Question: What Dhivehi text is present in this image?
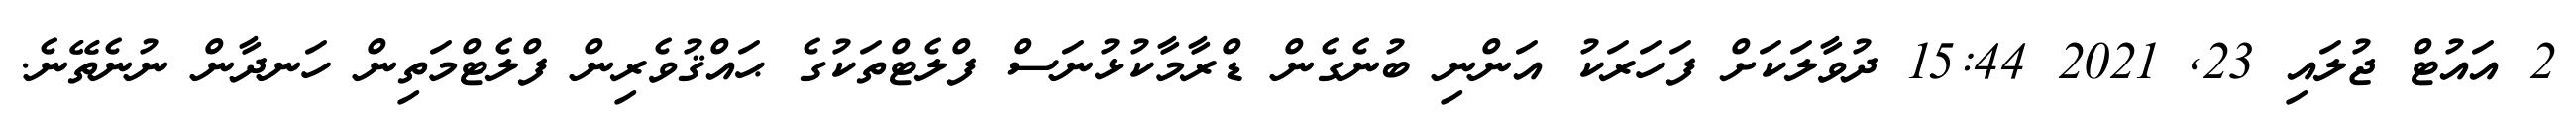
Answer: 2 އައުޓް ޖުލައި 23, 2021 15:44 ދުވާލަކަށް ފަހަރަކު އަންނި ބުނެގެން ޑްރާމާކުޅުނަސް ފްލެޓްތަކުގެ ޙައްޤުވެރިން ފްލެޓްމަތިން ހަނދާން ނުނެތޭނެ.